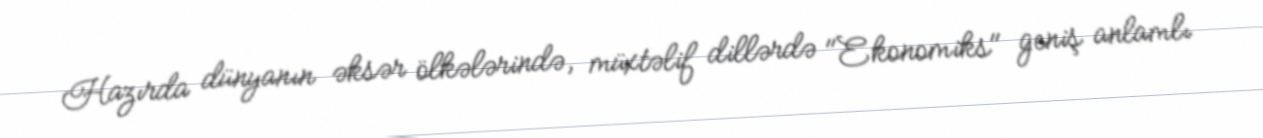
Hazırda dünyanın əksər ölkələrində, müxtəlif dillərdə "Ekonomiks" geniş anlamlı